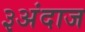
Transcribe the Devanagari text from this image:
३अंदाज